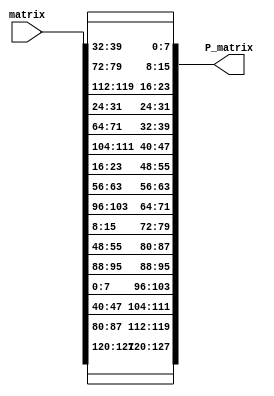
/* The Cyclical Permutation Pi:
M{Nx4}[GF(2^8)] -> M{Nx4}[GF(2^8)],
4<=N<=10, cyclically shifts each column of
its argument independently, so that column j is shifted
downwards by j positions:

pi(a) = b <=> b{i,j} = a{(i-j) mod N, j},
0 <= i <= N-1,  0 <= j <= 3.

example for how the pi function do permutation:
for a given matrix:
   1  2  3  4
   5  6  7  8
   9  10 11 12
   13 14 15 16
the permutation will be:
   1  6  11 16
   5  10 15 4
   9  14 3  8
   13 2  7  12
*/
module pi(
	input [127:0] matrix,
	output [127:0] P_matrix
);

assign P_matrix[127:120] = matrix[127:120];
assign P_matrix[119:112] = matrix[87:80];
assign P_matrix[111:104] = matrix[47:40];
assign P_matrix[103:96]  = matrix[7:0];
assign P_matrix[95:88]   = matrix[95:88];
assign P_matrix[87:80]   = matrix[55:48];
assign P_matrix[79:72]   = matrix[15:8];
assign P_matrix[71:64]   = matrix[103:96];
assign P_matrix[63:56]   = matrix[63:56];
assign P_matrix[55:48]   = matrix[23:16];
assign P_matrix[47:40]   = matrix[111:104];
assign P_matrix[39:32]   = matrix[71:64];
assign P_matrix[31:24]   = matrix[31:24]; 
assign P_matrix[23:16]   = matrix[119:112];
assign P_matrix[15:8]    = matrix[79:72];
assign P_matrix[7:0]     = matrix[39:32];


endmodule